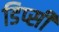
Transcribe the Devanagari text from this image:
डिप्सी